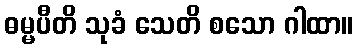
ဓမ္မပီတိ သုခံ သေတိ စသော ဂါထာ။